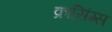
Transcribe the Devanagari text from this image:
क्रासिंग्स